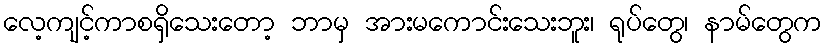
လေ့ကျင့်ကာစရှိသေးတော့ ဘာမှ အားမကောင်းသေးဘူး၊ ရုပ်တွေ၊ နာမ်တွေက